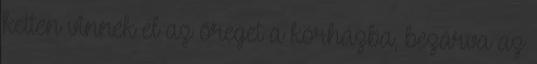
ketten vinnék el az öreget a kórházba, bezárva az